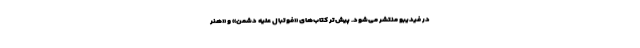
در فیدیبو منتشر می‌شود. پیش‌تر کتاب‌های «فوتبال علیه دشمن» و «هنر